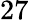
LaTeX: \mathrm{27}